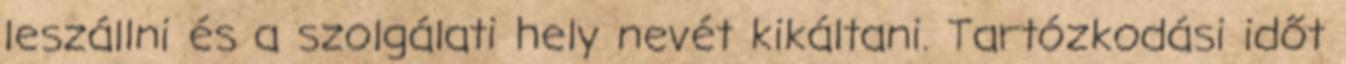
leszállni és a szolgálati hely nevét kikáltani. Tartózkodási időt